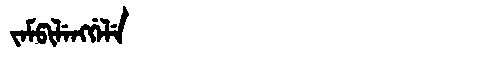
Manchu: ᠵᡝᠮᡦᡳᠯᡝᠩᡤᡝᠯᡝ
Romanization: JEMPILENGGELE